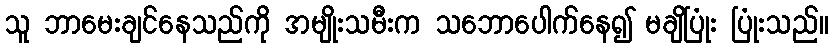
သူ ဘာမေးချင်နေသည်ကို အမျိုးသမီးက သဘောပေါက်နေ၍ မချိပြုံး ပြုံးသည်။